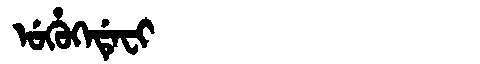
Manchu: ᡠᡥᡠᡴᡝᡩᡝᠸᡳ
Romanization: UHUKEDEFI